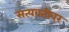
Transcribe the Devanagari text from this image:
सत्यवतीवर